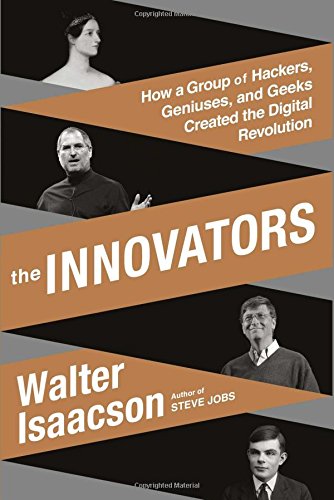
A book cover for The Innovators: How a Group of Hackers, Geniuses, and Geeks Created the Digital Revolution; Walter Isaacson; Engineering & Transportation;